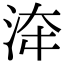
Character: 𣴰